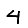
Digit: 4